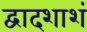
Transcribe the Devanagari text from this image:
द्वादशाशं